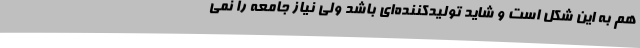
هم به این شکل است و شاید تولیدکننده‌ای باشد ولی نیاز جامعه را نمی